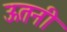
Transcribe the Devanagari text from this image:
ऊतनी